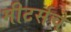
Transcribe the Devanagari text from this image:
मीटर्सचे